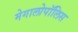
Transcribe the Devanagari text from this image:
मेगालोपॉलिस